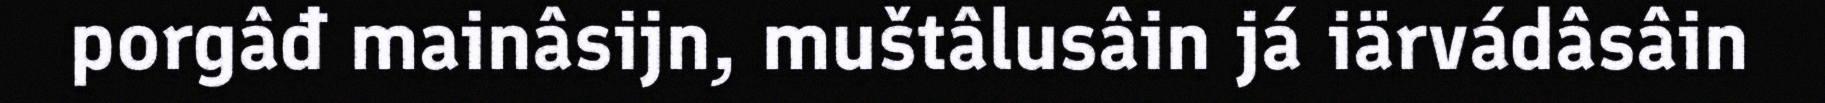
porgâđ mainâsijn, muštâlusâin já iärvádâsâin